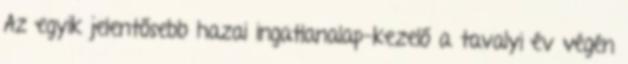
Az egyik jelentősebb hazai ingatlanalap-kezelő a tavalyi év végén